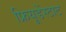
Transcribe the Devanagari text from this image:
फ्रियूडेंस्टाट